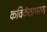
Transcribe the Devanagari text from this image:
कविकंठाभरण